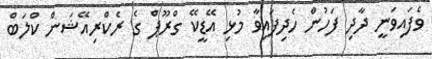
ވެފައިވަނީ ދާދި ފަހުން ހެދިފައިވާ މުޅި އޭޑީކޭ ގްރޫޕް ގެ ރެކްރިއޭޝަން ކްލަބް